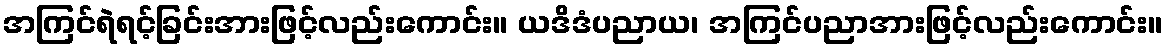
အကြင်ရဲရင့်ခြင်းအားဖြင့်လည်းကောင်း။ ယဒိဒံပညာယ၊ အကြင်ပညာအားဖြင့်လည်းကောင်း။